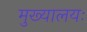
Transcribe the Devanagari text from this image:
मुख्यालयः